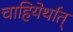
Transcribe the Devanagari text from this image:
चाहियेर्थात्